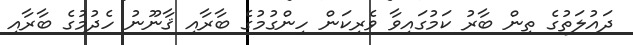
ދައުލަތުގެ ތިން ބާރު ކަމުގައިވާ ވެރިކަން ހިންގުމުގެ ބާރާއި ޤާނޫނު ހެދުމުގެ ބާރާއި